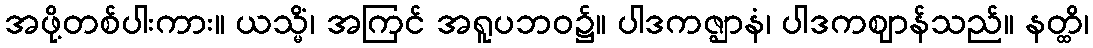
အဖို့တစ်ပါးကား။ ယသ္မိံ၊ အကြင် အရူပဘဝ၌။ ပါဒကဇ္ဈာနံ၊ ပါဒကဈာန်သည်။ နတ္ထိ၊